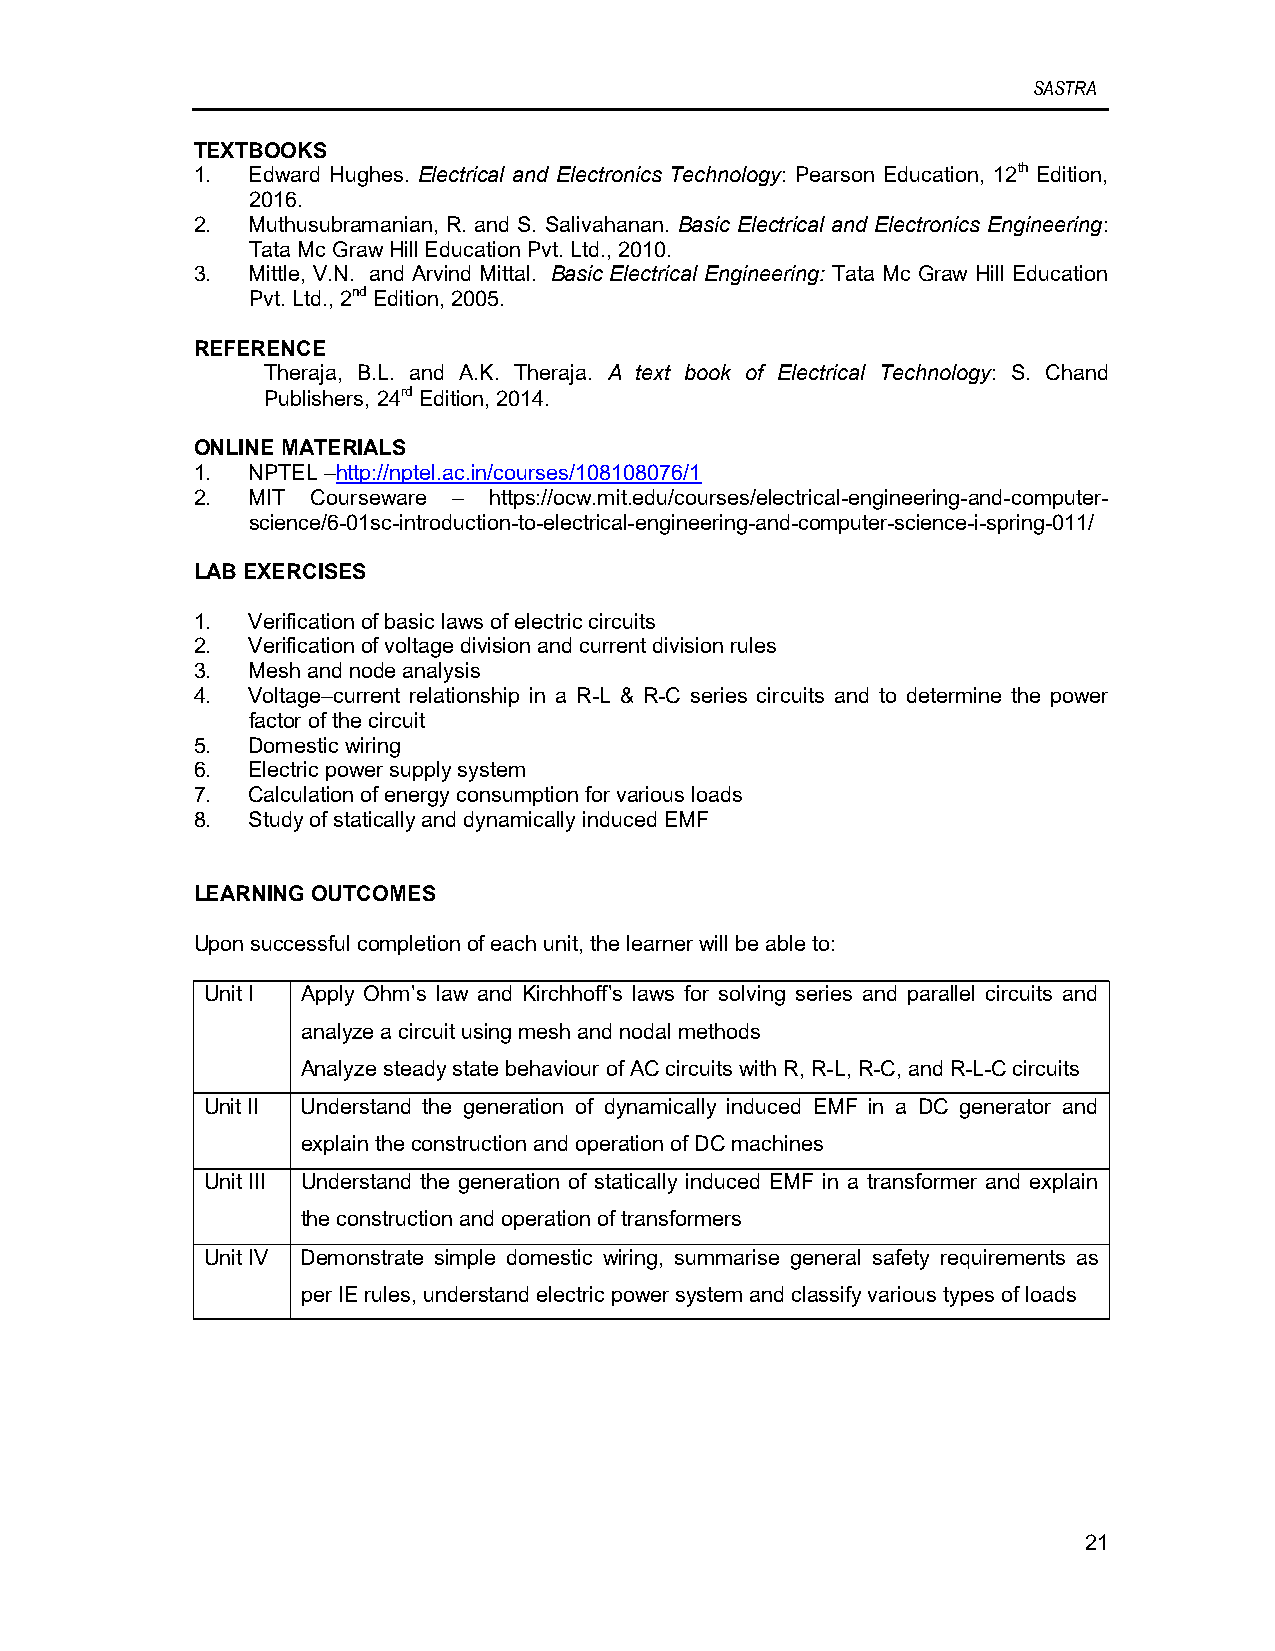
SASTRA
 TEXTBOOKS
 1. Edward Hughes. Electrical and Electronics Technology: Pearson Education, 12th Edition,
 2016.
 2. Muthusubramanian, R. and S. Salivahanan. Basic Electrical and Electronics Engineering:
 Tata Mc Graw Hill Education Pvt. Ltd., 2010.
 3. Mittle, V.N. and Arvind Mittal. Basic Electrical Engineering: Tata Mc Graw Hill Education
 Pvt. Ltd., 2nd Edition, 2005.
 REFERENCE
 Theraja, B.L. and A.K. Theraja. A text book of Electrical Technology: S. Chand
 Publishers, 24rd Edition, 2014.
 ONLINE MATERIALS
 1. NPTEL –http://nptel.ac.in/courses/108108076/1
 2. MIT  Courseware – https://ocw.mit.edu/courses/electrical-engineering-and-computer-
 science/6-01sc-introduction-to-electrical-engineering-and-computer-science-i-spring-011/
 LAB EXERCISES
 1. Verification of basic laws of electric circuits
 2. Verification of voltage division and current division rules
 3. Mesh and node analysis
 4. Voltage–current relationship in a R-L & R-C series circuits and to determine the power
 factor of the circuit
 5. Domestic wiring
 6. Electric power supply system
 7. Calculation of energy consumption for various loads
 8. Study of statically and dynamically induced EMF
 LEARNING OUTCOMES
 Upon successful completion of each unit, the learner will be able to:
 Unit I Apply Ohm’s law and Kirchhoff’s laws for solving series and parallel circuits and
 analyze a circuit using mesh and nodal methods
 Analyze steady state behaviour of AC circuits with R, R-L, R-C, and R-L-C circuits
 Unit II Understand the generation of dynamically induced EMF in a DC generator and
 explain the construction and operation of DC machines
 Unit III Understand the generation of statically induced EMF in a transformer and explain
 the construction and operation of transformers
 Unit IV Demonstrate simple domestic wiring, summarise general safety requirements as
 per IE rules, understand electric power system and classify various types of loads
 21